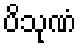
ပိသုဏံ